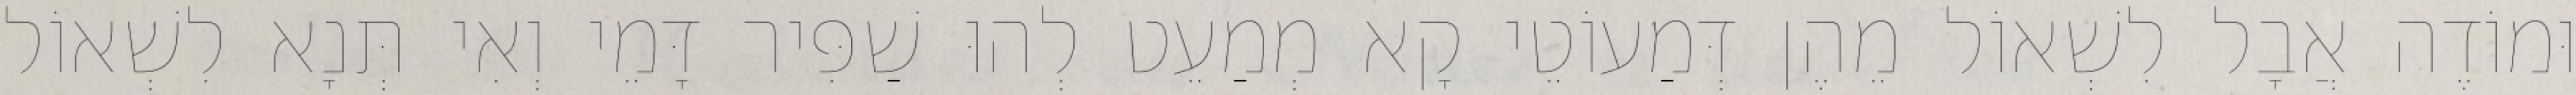
וּמוֹדֶה אֲבָל לִשְׁאוֹל מֵהֶן דְּמַעוֹטֵי קָא מְמַעֵט לְהוּ שַׁפִּיר דָּמֵי וְאִי תְּנָא לִשְׁאוֹל